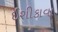
ઈશીકાવા